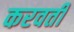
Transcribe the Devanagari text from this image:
करवतीं